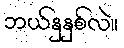
ဘယ်နှနှစ်လဲ။